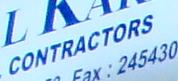
contractors